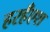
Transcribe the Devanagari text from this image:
हरहँएश